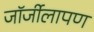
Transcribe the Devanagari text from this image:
जॉर्जीलापण